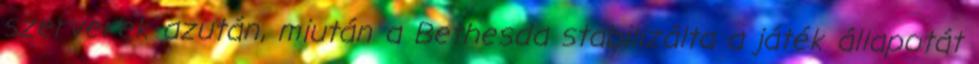
szerverek azután, miután a Bethesda stabilizálta a játék állapotát